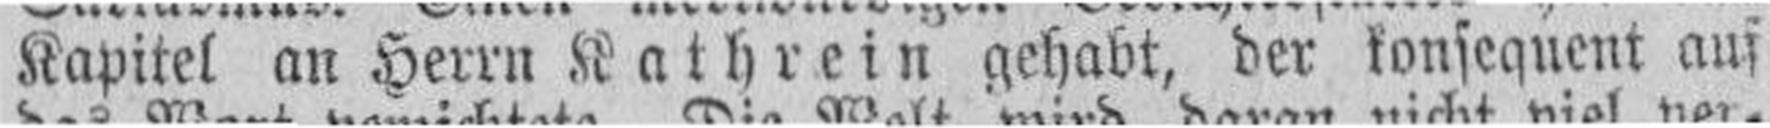
Kapitel an Herrn Kathrein gehabt, der konsequent auf